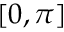
[ 0 , \pi ]